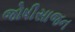
જોષીસાજન